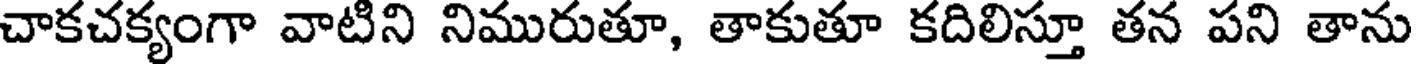
చాకచక్యంగా వాటిని నిమురుతూ, తాకుతూ కదిలిస్తూ తన పని తాను